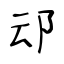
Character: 䢵